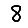
Digit: 8